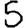
Digit: 5